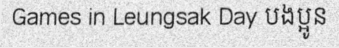
Games in Leungsak Day បងប្អូន